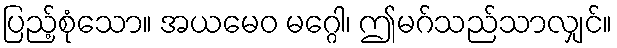
ပြည့်စုံသော။ အယမေဝ မဂ္ဂေါ၊ ဤမဂ်သည်သာလျှင်။